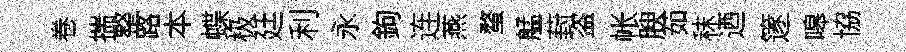
卷揣整路本蝶极廷利永鉤连燕蝥艋葑盗帐腴茹秣迺篴嗥協